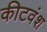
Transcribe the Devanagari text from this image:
कीटवंश